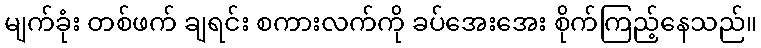
မျက်ခုံး တစ်ဖက် ချရင်း စကားလက်ကို ခပ်အေးအေး စိုက်ကြည့်နေသည်။